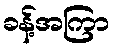
ခန့်အကြာ